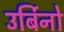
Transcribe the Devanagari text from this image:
उर्बिनो